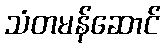
သံတမန်ဆောင်